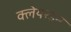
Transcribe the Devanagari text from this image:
क्लेयरडन